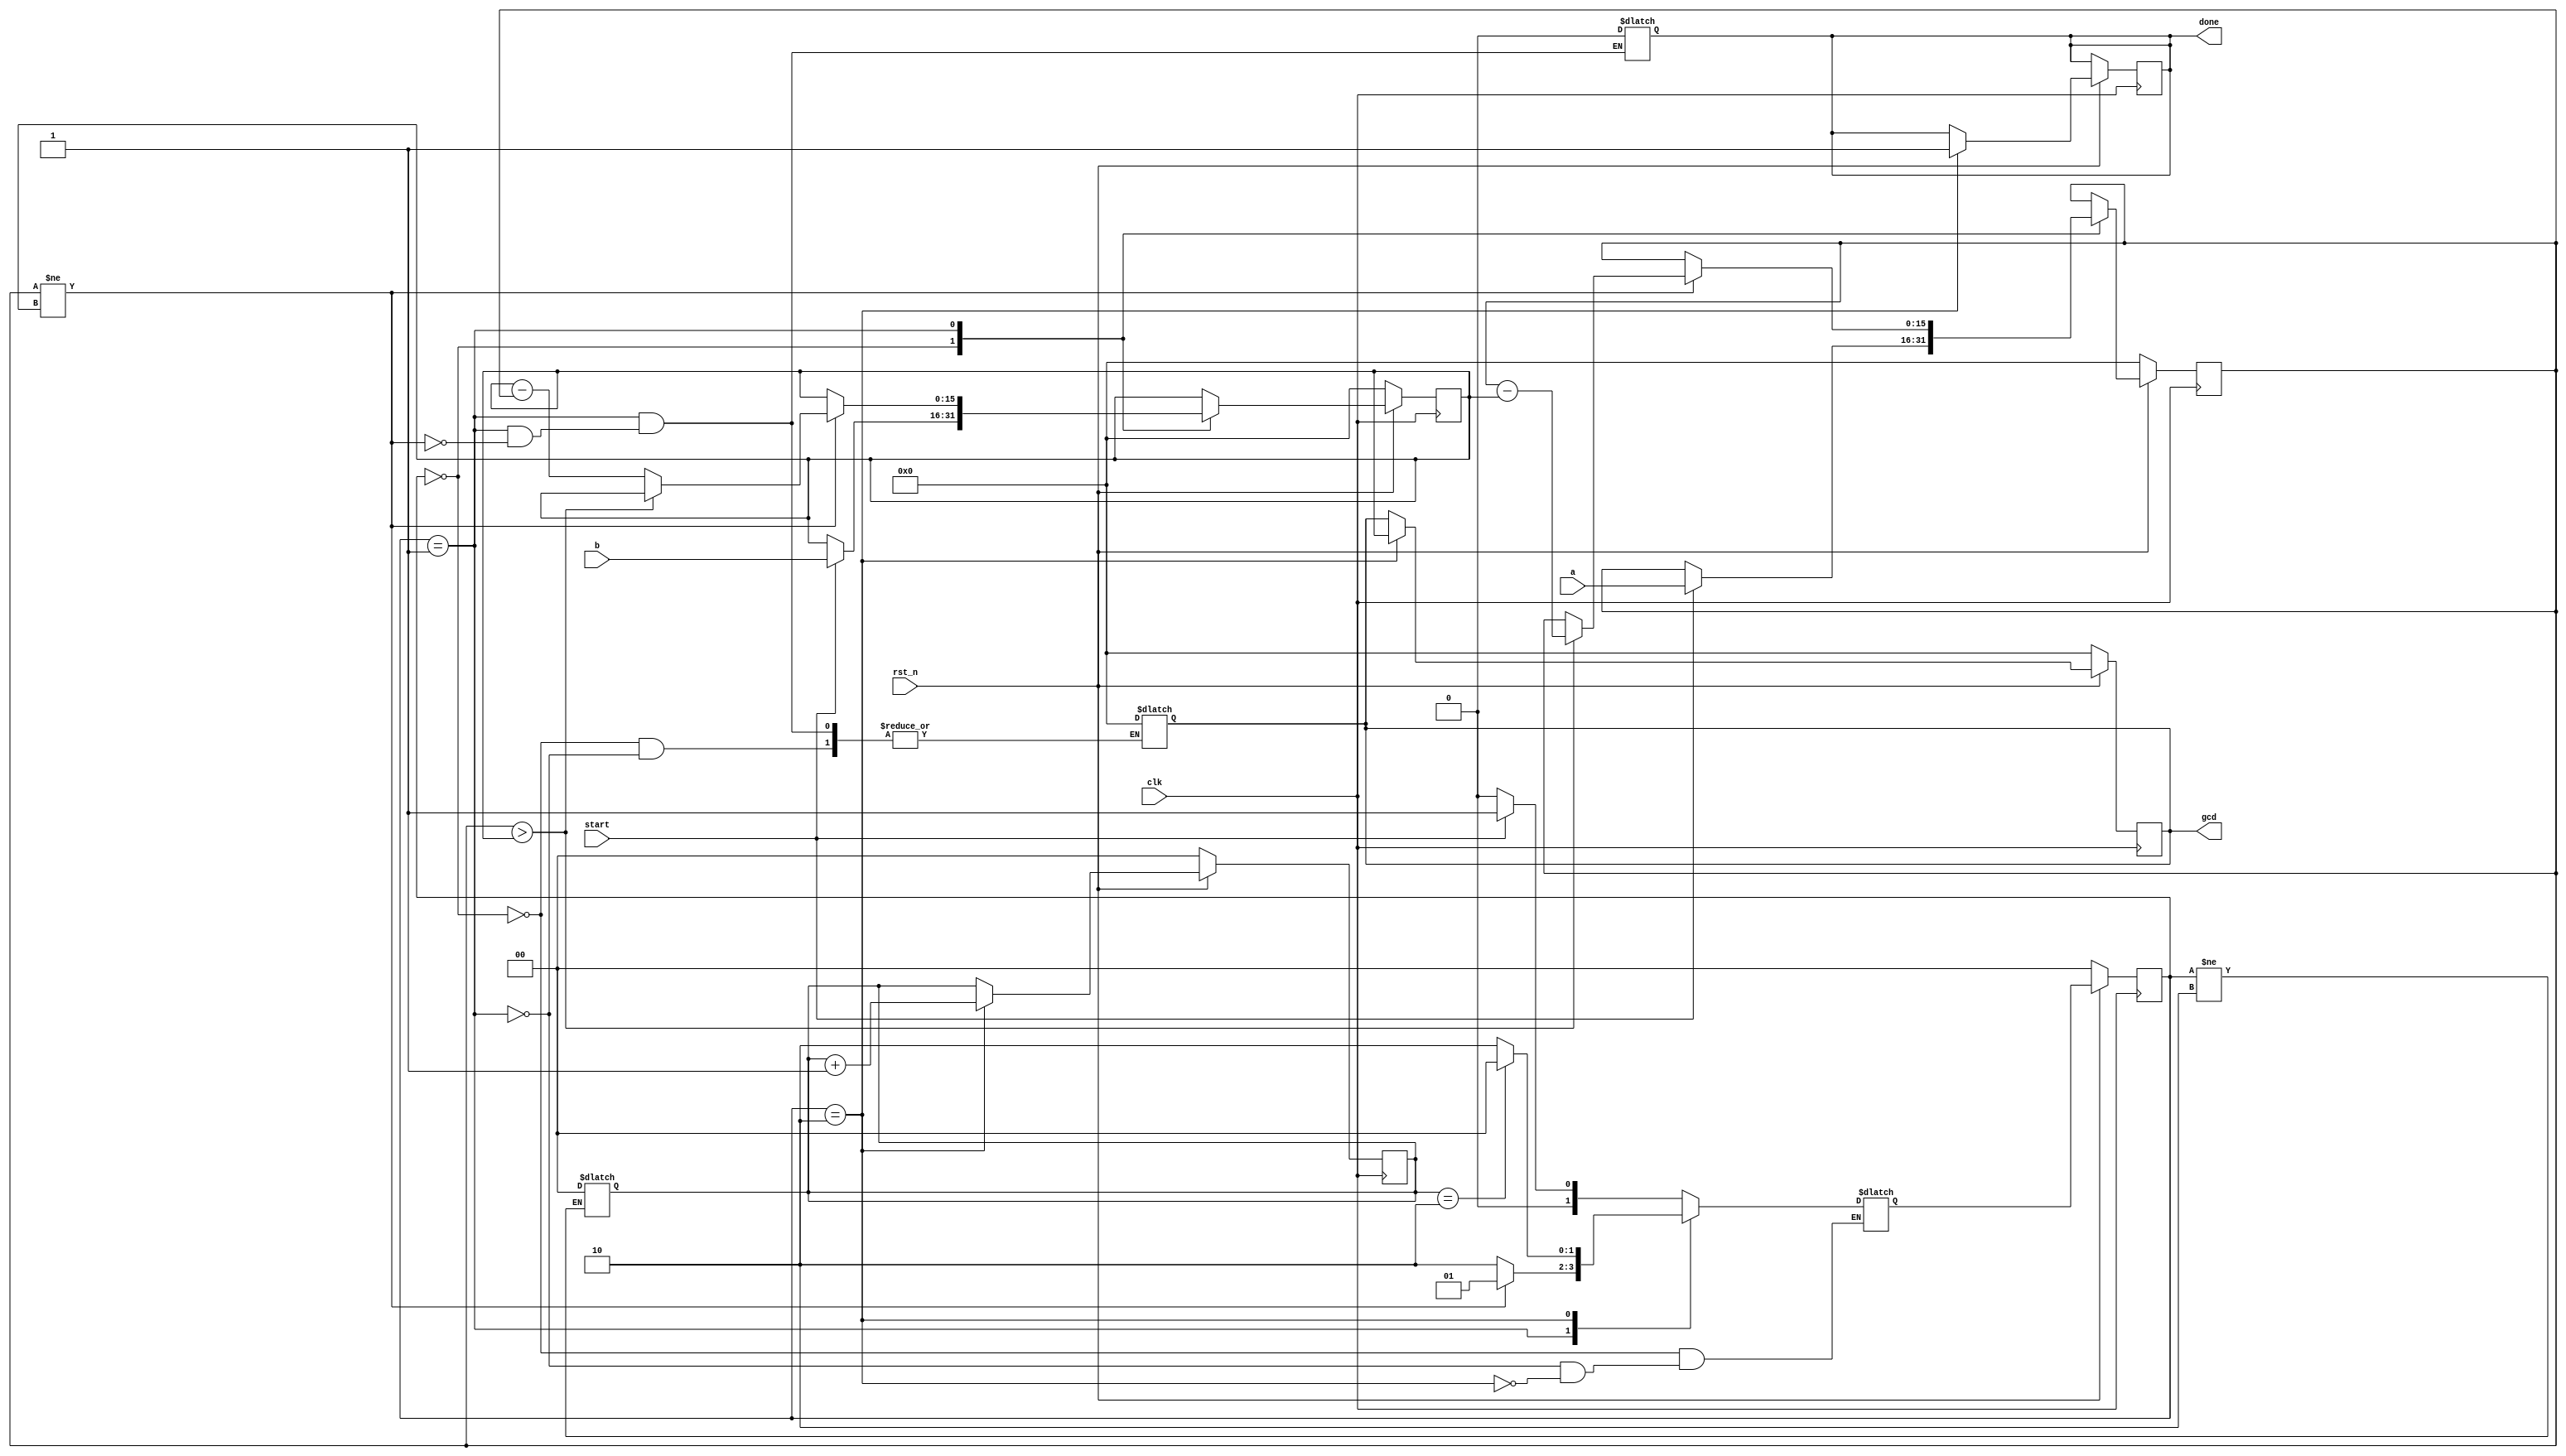
`timescale 1ns/1ps

module Greatest_Common_Divisor (clk, rst_n, start, a, b, done, gcd);
input clk, rst_n;
input start;
input [15:0] a;
input [15:0] b;
output done;
output [15:0] gcd;
wire [1:0]countt;
reg [1:0]count;
parameter WAIT = 2'b00;
parameter CAL = 2'b01;
parameter FINISH = 2'b10;
reg [1:0] state, next_state;
reg [15:0] a_buf, b_buf;
reg done;
reg[15:0] gcd;
always@(posedge clk)
  if(!rst_n) state <= WAIT;
  else state <= next_state;
//count
always@(*) begin
    if(state!=FINISH) count=1'b0;
end
//nxt_state
always@(*) begin
  case(state)
    WAIT:if(start)  next_state <= CAL;
         else    next_state <= WAIT;	
    CAL:  if(a_buf!=b_buf) next_state <= CAL;
         else             next_state <= FINISH;
    FINISH: if(count==2'b10)next_state <= WAIT;
            else next_state <= FINISH;
  endcase
end

always@(posedge clk)
     if(!rst_n)begin
		gcd    <= 16'b0;
		a_buf  <= 16'b0;
		b_buf  <= 16'b0;	
       // done   <= 1'b0;
        count <= 2'b0;
      end
     else begin
	    case(state)
        WAIT:begin
            if(start)begin
		       a_buf   <= a;
			   b_buf   <= b;            
             end
            // done   <= 1'b0;
           end
	    CAL:if(a_buf != b_buf)begin
		     if(a_buf > b_buf)begin
			    a_buf <= a_buf-b_buf;
				b_buf <= b_buf;
			 end
			 else begin
			    b_buf <= b_buf-a_buf;
				a_buf <= a_buf;			 
              end
           end		
		FINISH:begin
		    count<=countt;
            gcd <= b_buf;
            done   <= 1'b1;
          end
	    endcase
      end
assign countt=count+1'b1;
//output
always@(*) begin
    case(state)
        WAIT:begin
            done=1'b0;
            gcd=1'b0;
           end
	    CAL:if(a_buf != b_buf)begin
		     done=1'b0;
		     gcd=1'b0;
           end		
        default:
            done = 1'b0;
	    endcase
end
endmodule